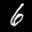
Label: 6